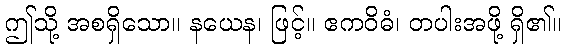
ဤသို့ အစရှိသော။ နယေန၊ ဖြင့်။ ဧကဝိဓံ၊ တပါးအဖို့ ရှိ၏။